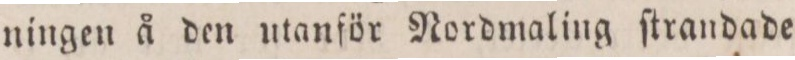
ningen å den utanför Nordmaling ſtrandade